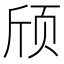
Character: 颀